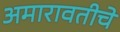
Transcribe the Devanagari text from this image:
अमारावतीचे